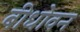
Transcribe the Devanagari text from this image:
बीधोवन